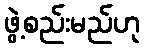
ဖွဲ့စည်းမည်ဟု